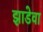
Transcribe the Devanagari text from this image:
झाडेवा